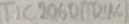
Text: TIC206D(TRIAC)